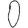
Digit: 0